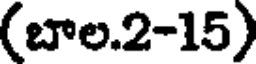
(బాల.2-15)